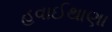
હવાઈથાણા